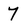
Character: 7